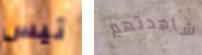
تيس شاهدتهم